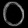
Digit: ၀